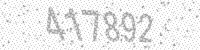
Solution: 417892